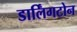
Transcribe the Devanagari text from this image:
डार्लिंगटोन